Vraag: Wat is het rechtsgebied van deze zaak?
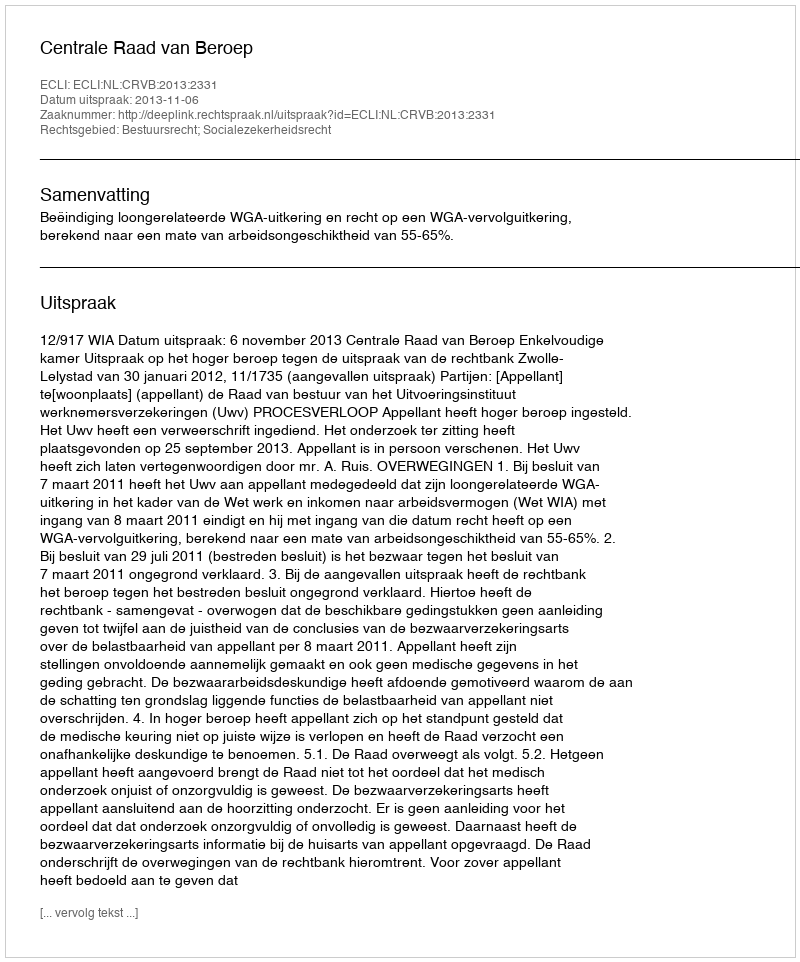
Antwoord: Bestuursrecht; Socialezekerheidsrecht